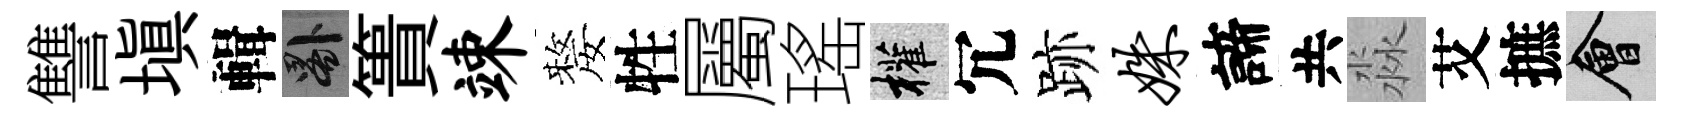
讐塡輯晷簣竦嫠牲屬瑤權冗跡姝諦共淼艾摭會